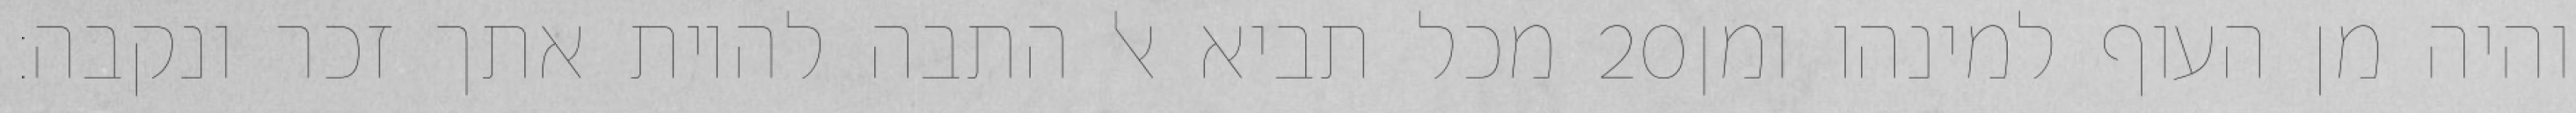
מכל תביא אל התבה להיות אתך זכר ונקבה׃ ‎20‏ והיה מן העוף למינהו ומן